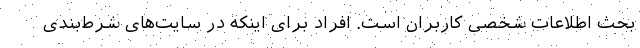
بحث اطلاعات شخصی کاربران است. افراد برای اینکه در سایت‌های شرط‌بندی